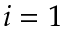
i = 1